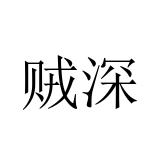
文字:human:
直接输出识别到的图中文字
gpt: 贼深